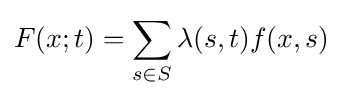
F(x;t)=\sum _{s\in S}\lambda (s,t)f(x,s)